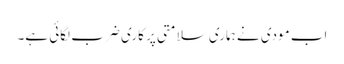
اب مودی نے ہماری سلامتی پر کاری ضرب لگائی ہے۔